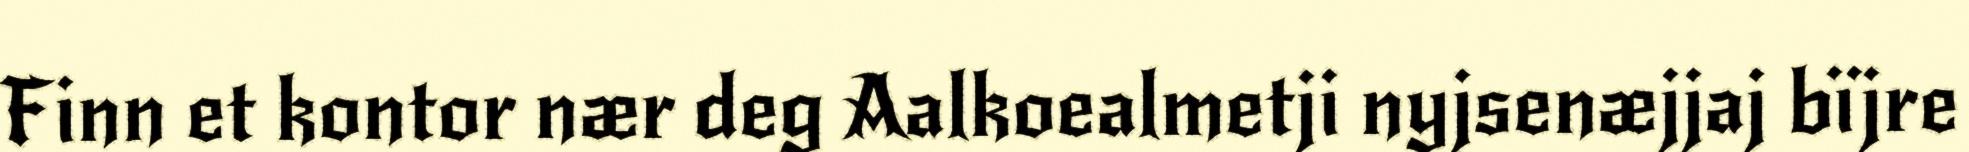
Finn et kontor nær deg Aalkoealmetji nyjsenæjjaj bïjre